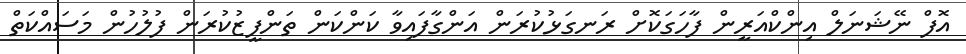
އޮފް ނޭޝަނަލް އިންކްއަރީން ފާހަގަކޮށް ރަނގަޅުކުރަން އަންގާފައިވާ ކަންކަން ތަންފީޒުކުރަން ފުލުހުން މަސައްކަތް